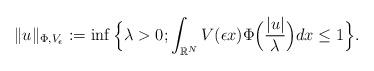
LaTeX: \begin{align*}\Vert u\Vert_{\Phi, V_{\epsilon}}:= \inf\Big\{ \lambda > 0; \int_{\mathbb{R}^{N}}V(\epsilon x)\Phi\Big(\frac{\vert u\vert}{\lambda}\Big)dx \leq 1\Big\}.\end{align*}